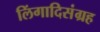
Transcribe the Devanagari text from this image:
लिंगादिसंग्रह